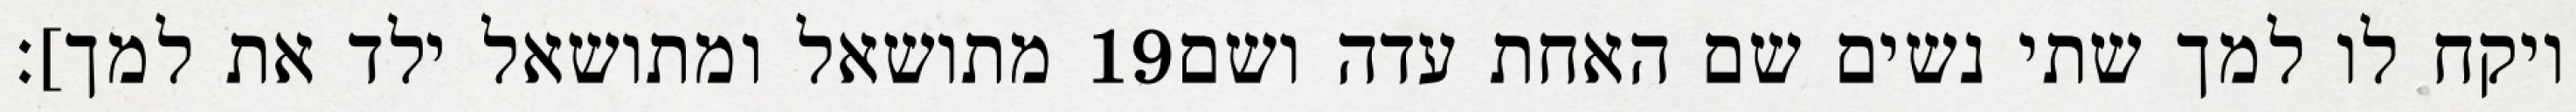
מתושאל ומתושאל ילד את למך]׃ ‎19‏ ויקח לו למך שתי נשים שם האחת עדה ושם